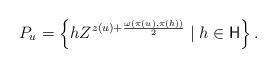
LaTeX: \begin{align*} P_u=\left\{hZ^{z(u)+\frac{\omega(\pi(u),\pi(h))}{2}}\mid h\in \mathsf{H}\right\}.\end{align*}